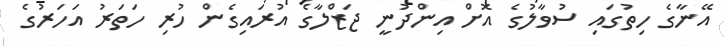
އޭނާގެ ހިތުގައި ސުވާލުގެ އޮށް އިންދުނީ ޖަޒްލާގެ އުރައިގެން ހުރި ހަތަރު އަހަރުގެ